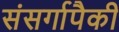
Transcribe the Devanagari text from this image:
संसर्गापैकी